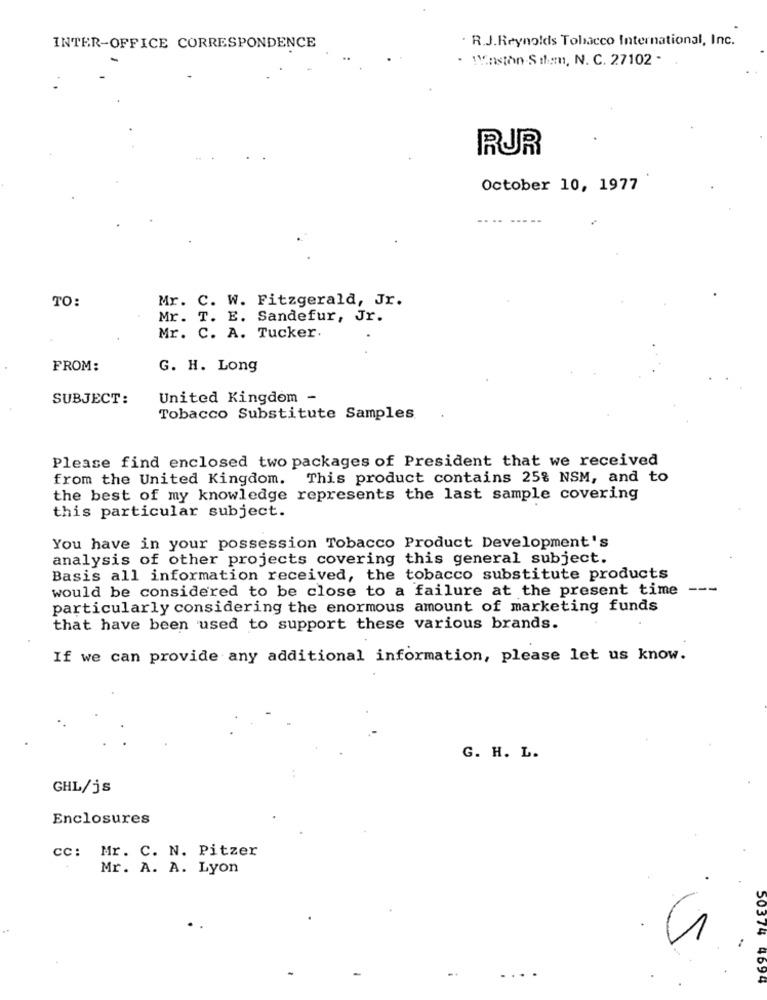
. R.J.Reynolds Tobacco International, Inc.
INTER-OFFICE CORRESPONDENCE
. Winston Sthem, N. C. 27102 -
RUR
October 10, 1977
TO:
Mr. C. W. Fitzgerald, Jr.
Mr. T. E. Sandefur, Jr.
Mr. C. A. Tucker.
FROM:
G. H. Long
SUBJECT:
United Kingdom -
Tobacco Substitute Samples
Please find enclosed two packages of President that we received
from the United Kingdom. This product contains 25% NSM, and to
the best of my knowledge represents the last sample covering
this particular subject.
You have in your possession Tobacco Product Development's
analysis of other projects covering this general subject.
Basis all information received, the tobacco substitute products
would be considered to be close to a failure at the present time
---
particularly considering the enormous amount of marketing funds
that have been used to support these various brands.
If we can provide any additional information, please let us know.
G. H. L.
GHL/js
Enclosures
cc: Mr. C. N. Pitzer
Mr. A. A. Lyon
50374 4694